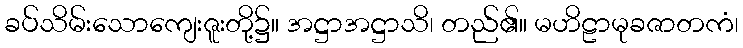
ခပ်သိမ်းသောကျေးဇူးတို့၌။ အဋ္ဌာအဋ္ဌာသိ၊ တည်၏။ မဟိဠာမုခဇာတကံ၊